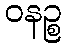
ဝနဉ္စ